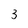
Character: 3